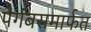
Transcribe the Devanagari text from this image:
पैगंबरामार्फत